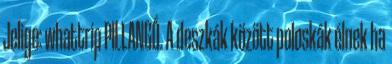
Jelige: whattrip PILLANGÓ. A deszkák között poloskák élnek ha